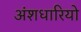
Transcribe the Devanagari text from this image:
अंशधारियो